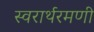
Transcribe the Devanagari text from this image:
स्वरार्थरमणी